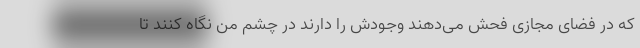
که در فضای مجازی فحش می‌دهند وجودش را دارند در چشم من نگاه کنند تا